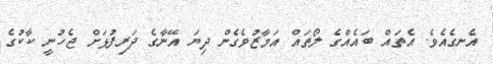
އެނގެއެވެ. އެތައް ބައެއްގެ ލޯތައް އަމާޒުވެގެން ދިޔަ އޭނާގެ ދަރިފުޅަށް ޖެހުނީ ކާކުގެ